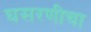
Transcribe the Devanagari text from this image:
घसरणीचा